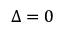
\Delta = 0